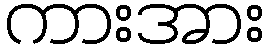
ကားအား